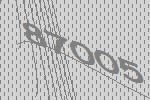
87005